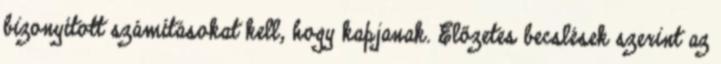
bizonyított számításokat kell, hogy kapjanak. Előzetes becslések szerint az